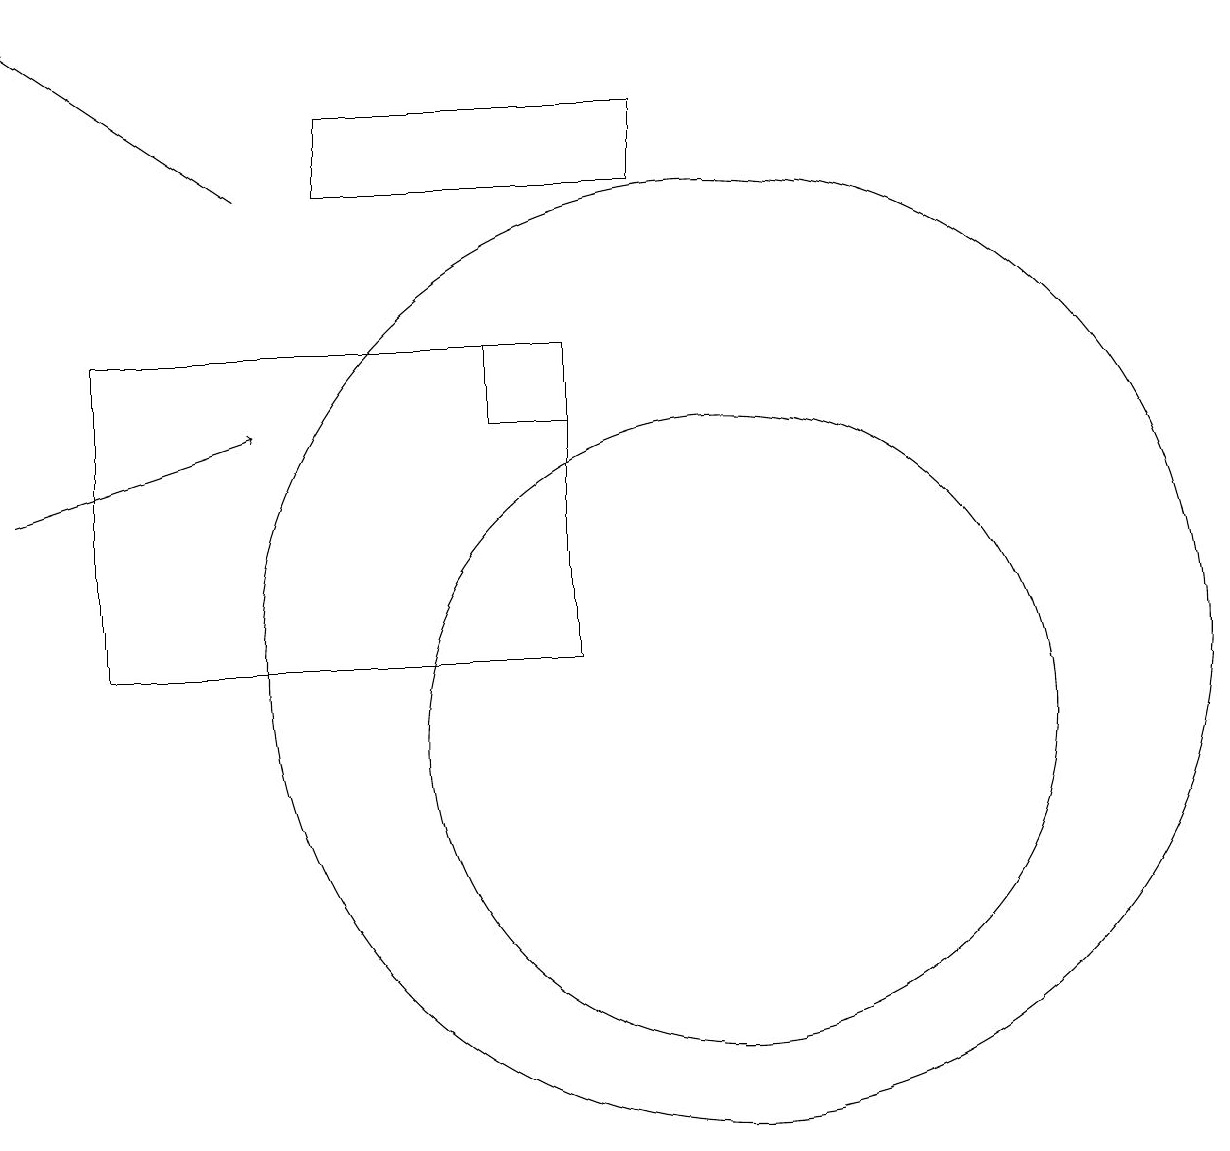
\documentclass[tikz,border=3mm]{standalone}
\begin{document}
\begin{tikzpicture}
\draw (7,15) rectangle (8,14);
\draw (10,11) circle (6);
\draw (9,18) rectangle (5,17);
\draw[->] (4,17) -- (1,19);
\draw (10,10) circle (4);
\draw[->] (1,13) -- (4,14);
\draw (8,11) rectangle (2,15);
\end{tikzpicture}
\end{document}